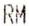
RM